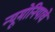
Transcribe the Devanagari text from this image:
न्यूमोनियाचे